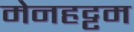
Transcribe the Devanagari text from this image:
मेनहट्टम